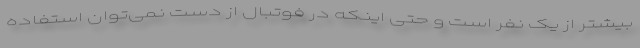
بیشتر از یک نفر است و حتی اینکه در فوتبال از دست نمی‌توان استفاده